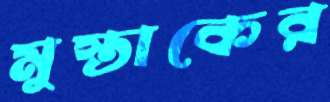
মুস্তাকের